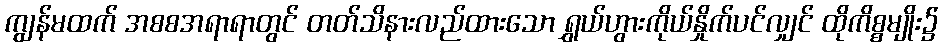
ကျွန်မထက် အစစအရာရာတွင် တတ်သိနားလည်ထားသော ရွှယ်ဟွားကိုယ်နှိုက်ပင်လျှင် ထိုကိစ္စမျိုး၌